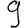
Digit: 9